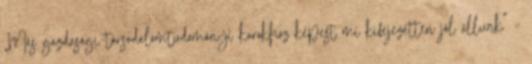
„Más gazdasági-társadalomtudományi karokhoz képest mi kifejezetten jól állunk” –